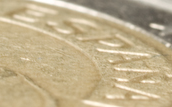
ESPANA